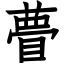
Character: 瞢